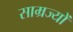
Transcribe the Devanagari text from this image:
साम्रज्यों